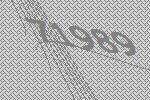
71989